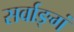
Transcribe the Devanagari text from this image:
सर्वाङ्गं